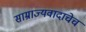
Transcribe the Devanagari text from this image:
साम्राज्यवादाचेच